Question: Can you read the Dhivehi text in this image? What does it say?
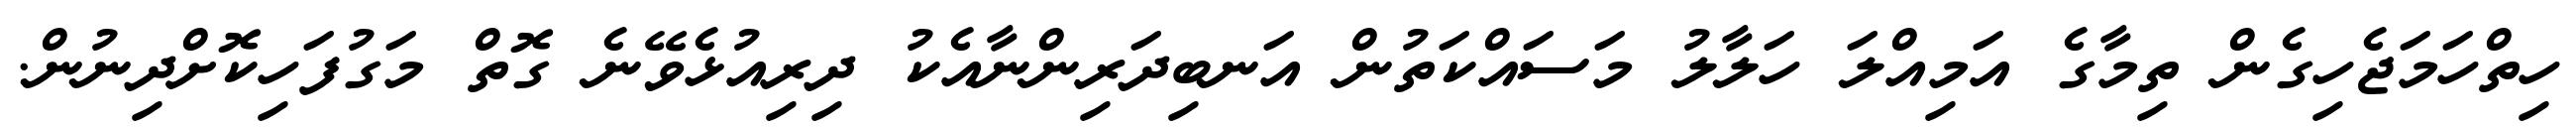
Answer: ހިތްހަމަޖެހިގެން ތިމާގެ އަމިއްލަ ހަލާލު މަސައްކަތުން އަނބިދަރިންނާއެކު ދިރިއުޅެވޭނެ ގޮތް މަގުފަހިކޮށްދިނުން.